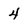
Character: 4